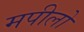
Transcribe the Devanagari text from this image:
मपीलो